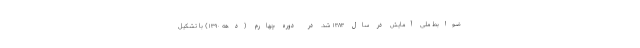
ضوابط ملی آمایش در سال ۱۳۸۳ شد. در دوره چهارم (دهه ۱۳۹۰) با تشکیل